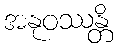
အနုဝဿန္တိ